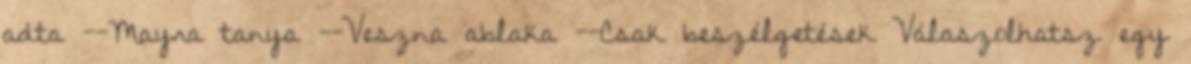
adta --Mayra tanya --Veszna ablaka --Csak beszélgetések Válaszolhatsz egy